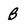
Character: B